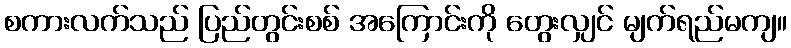
စကားလက်သည် ပြည်တွင်းစစ် အကြောင်းကို တွေးလျှင် မျက်ရည်မကျ။